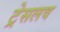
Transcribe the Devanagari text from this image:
ट्रेसलव